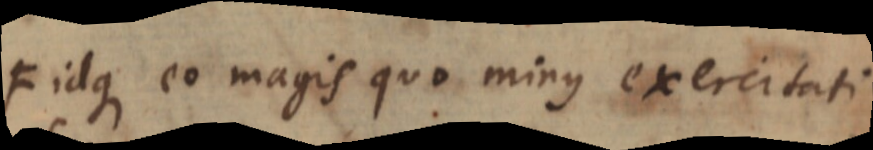
F idque eo magis quo minus exercitati